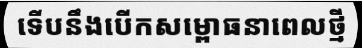
ទើបនឹងបើកសម្ពោធនាពេលថ្មី